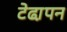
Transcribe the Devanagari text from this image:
टेढा़पन